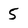
Character: 5